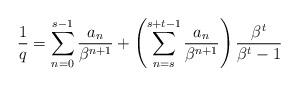
LaTeX: \begin{align*}\frac{1}{q}=\sum_{n=0}^{s-1}\frac{a_n}{\beta^{n+1}}+\left(\sum_{n=s}^{s+t-1} \frac{a_n}{\beta^{n+1}}\right)\frac{\beta^t}{\beta^t-1}\end{align*}